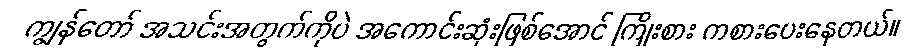
ကျွန်တော် အသင်းအတွက်ကိုပဲ အကောင်းဆုံးဖြစ်အောင် ကြိုးစား ကစားပေးနေတယ်။